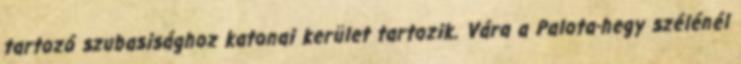
tartozó szubasisághoz katonai kerület tartozik. Vára a Palota-hegy szélénél